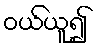
ဝယ်ယူ၍